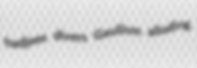
hadjees divers Gaullism alluding